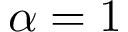
\alpha = 1